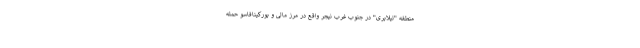
منطقه "تیلابری" در جنوب غرب نیجر واقع در مرز مالی و بورکینافاسو حمله